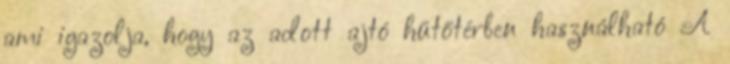
ami igazolja, hogy az adott ajtó hűtőtérben használható A